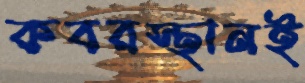
কবরস্থানই